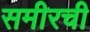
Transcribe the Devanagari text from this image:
समीरची